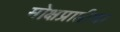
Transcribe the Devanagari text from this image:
मोक्षप्राप्तीचा